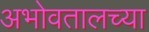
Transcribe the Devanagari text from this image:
अभोवतालच्या